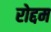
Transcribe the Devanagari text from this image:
रोद्दम